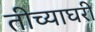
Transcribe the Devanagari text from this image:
तीच्याघरी